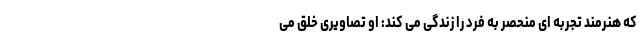
که هنرمند تجربه ای منحصر به فرد را زندگی می کند: او تصاویری خلق می